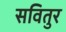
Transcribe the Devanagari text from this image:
सवितुर